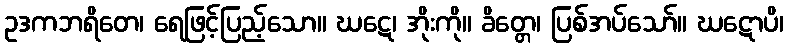
ဥဒကဘရိတေ၊ ရေဖြင့်ပြည့်သော။ ဃဋေ၊ အိုးကို။ ခိတ္တေ၊ ပြစ်အပ်သော်။ ဃဋောပိ၊